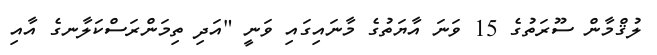
ލުޤްމާން ސޫރަތުގެ 15 ވަނަ އާޔަތުގެ މާނައިގައި ވަނީ "އަދި ތިމަންރަސްކަލާނގެ އާއި